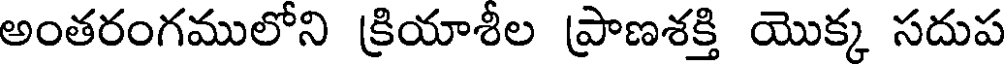
అంతరంగములోని క్రియాశీల ప్రాణశక్తి యొక్క సదుప